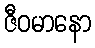
ဇီဝမာနော